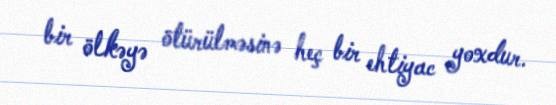
bir ölkəyə ötürülməsinə heç bir ehtiyac yoxdur.